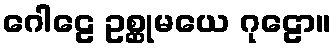
ဂေါဠေ ဥစ္ဆုမယေ ဂုဠော။